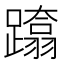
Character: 𨆚